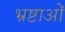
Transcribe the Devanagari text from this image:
भ्रष्टाओं